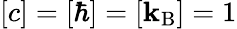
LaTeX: [c]=[\hbar]=[\mathbf{k}_{\mathrm{{B}}}]=1